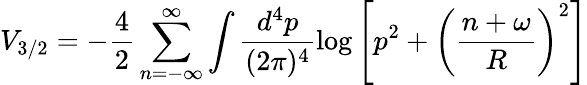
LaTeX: V_{3/2}=-\frac{4}{2}\sum_{n=-\infty}^{\infty}\int\frac{d^{4}p}{(2\pi)^{4}}\log\left[p^{2}+\left(\frac{n+\omega}{R}\right)^{2}\right]